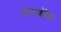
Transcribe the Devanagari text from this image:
टारबॉल